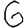
Digit: 6